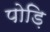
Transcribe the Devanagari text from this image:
पोड़ि